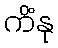
ကိံနု